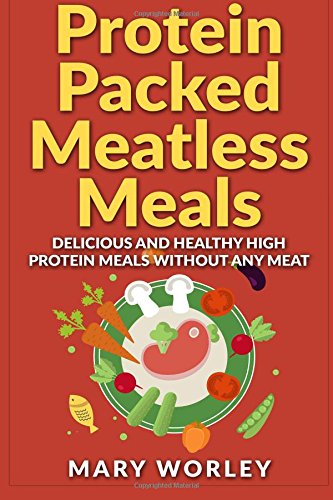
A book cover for Protein Packed Meatless Meals: Delicious and Healthy High Protein Meals without Any Meat; Mary Worley; Cookbooks, Food & Wine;